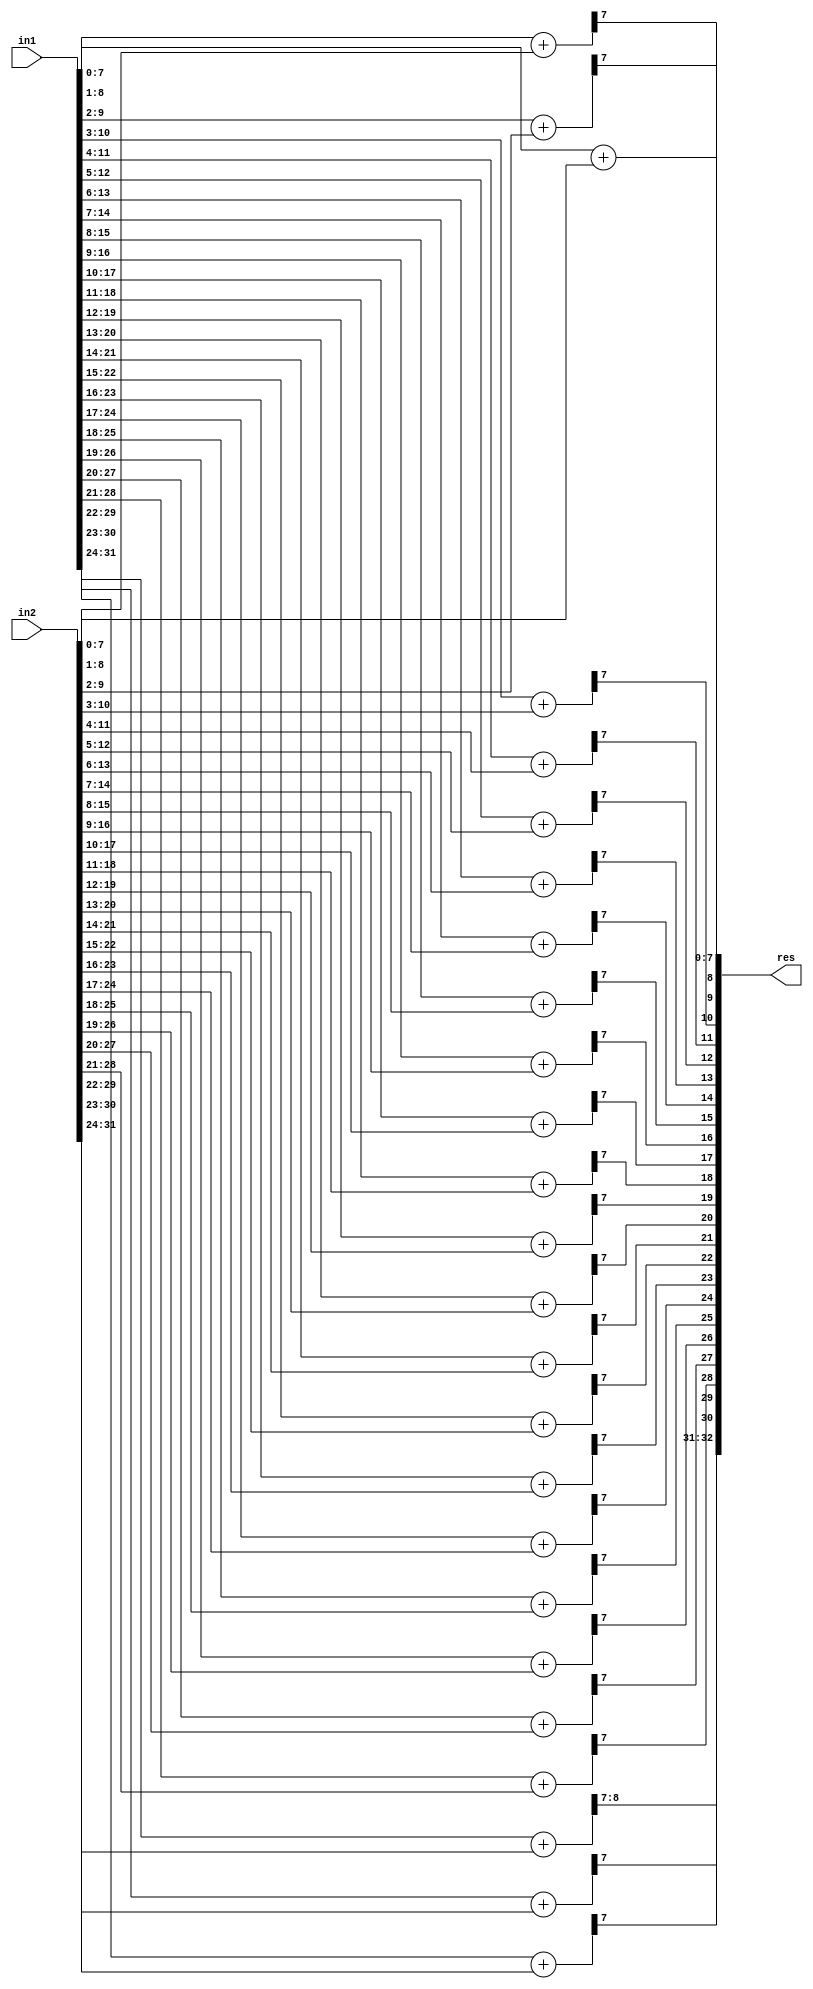
module ACA_I_N32_Q8(
    input [31:0] in1,
    input [31:0] in2,
    output [32:0] res
    );

wire [8:0] temp1,temp2,temp3,temp4,temp5,temp6,temp7,temp8,temp9,temp10;
wire [8:0] temp11,temp12,temp13,temp14,temp15,temp16,temp17,temp18,temp19;
wire [8:0] temp20,temp21,temp22,temp23,temp24,temp25;

assign temp1[8:0] = in1[7:0] + in2[7:0];
assign temp2[8:0] = in1[8:1] + in2[8:1];
assign temp3[8:0] = in1[9:2] + in2[9:2];
assign temp4[8:0] = in1[10:3] + in2[10:3];
assign temp5[8:0] = in1[11:4] + in2[11:4];
assign temp6[8:0] = in1[12:5] + in2[12:5];
assign temp7[8:0] = in1[13:6] + in2[13:6];
assign temp8[8:0] = in1[14:7] + in2[14:7];
assign temp9[8:0] = in1[15:8] + in2[15:8];
assign temp10[8:0] = in1[16:9] + in2[16:9];
assign temp11[8:0] = in1[17:10] + in2[17:10];
assign temp12[8:0] = in1[18:11] + in2[18:11];
assign temp13[8:0] = in1[19:12] + in2[19:12];
assign temp14[8:0] = in1[20:13] + in2[20:13];
assign temp15[8:0] = in1[21:14] + in2[21:14];
assign temp16[8:0] = in1[22:15] + in2[22:15];
assign temp17[8:0] = in1[23:16] + in2[23:16];
assign temp18[8:0] = in1[24:17] + in2[24:17];
assign temp19[8:0] = in1[25:18] + in2[25:18];
assign temp20[8:0] = in1[26:19] + in2[26:19];
assign temp21[8:0] = in1[27:20] + in2[27:20];
assign temp22[8:0] = in1[28:21] + in2[28:21];
assign temp23[8:0] = in1[29:22] + in2[29:22];
assign temp24[8:0] = in1[30:23] + in2[30:23];
assign temp25[8:0] = in1[31:24] + in2[31:24];

assign res[32:0] = {temp25[8:7],temp24[7],temp23[7],temp22[7],temp21[7],temp20[7],temp19[7],temp18[7],temp17[7],temp16[7],temp15[7],temp14[7],temp13[7],temp12[7],temp11[7],temp10[7],temp9[7],temp8[7],temp7[7],temp6[7],temp5[7],temp4[7],temp3[7],temp2[7],temp1[7:0]};

endmodule